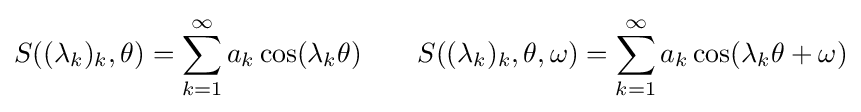
S((\lambda _{k})_{k},\theta )=\sum _{k=1}^{\infty }a_{k}\cos(\lambda _{k}\theta )\qquad S((\lambda _{k})_{k},\theta ,\omega )=\sum _{k=1}^{\infty }a_{k}\cos(\lambda _{k}\theta +\omega )